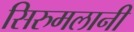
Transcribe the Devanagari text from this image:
सिरुमलानी